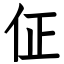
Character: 佂